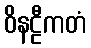
ဝိနဠီကတံ